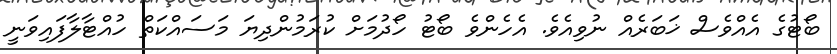
ބޯޓުގެ އެއްވެސް ޚަބަރެއް ނުވިއެވެ. އެހެންވެ ބޯޓު ހޯދުމަށް ކުރަމުންދިޔަ މަސައްކަތް ހުއްޓާލާފައިވަނީ